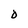
Character: D